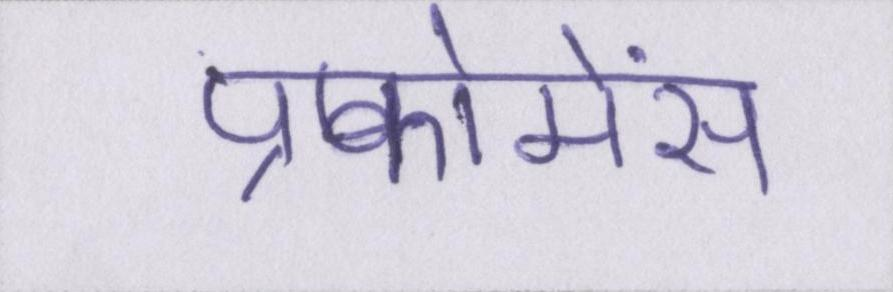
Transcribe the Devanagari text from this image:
प्रफोमेंस